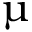
\upmu